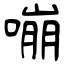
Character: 嘣